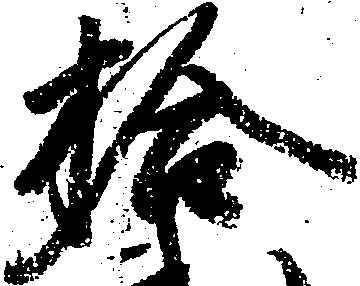
拾